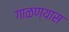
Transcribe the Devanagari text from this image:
गाळण्यास